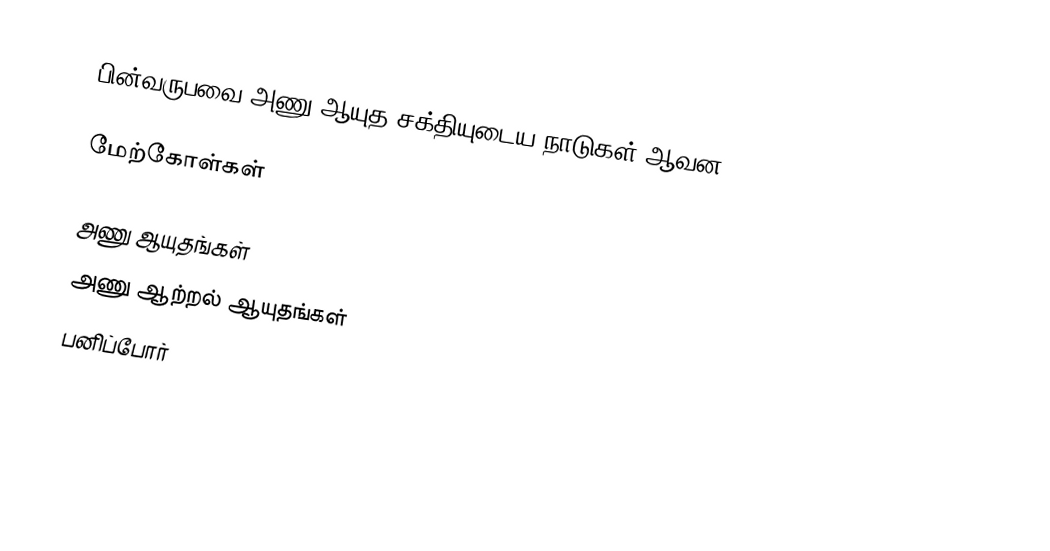
பின்வருபவை அணு ஆயுத சக்தியுடைய நாடுகள் ஆவன.

மேற்கோள்கள்

அணு ஆயுதங்கள்
அணு ஆற்றல் ஆயுதங்கள்
பனிப்போர்